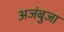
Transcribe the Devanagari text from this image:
अजंबुजा